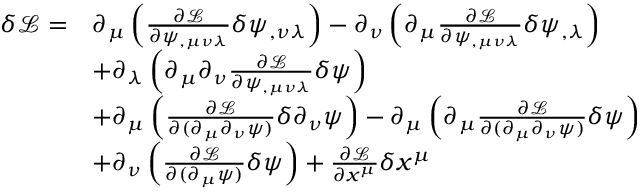
\begin{array} { r l } { \delta \mathcal L = } & { \partial _ { \mu } \left( \frac { \partial \mathcal L } { \partial \psi _ { , \mu \nu \lambda } } \delta \psi _ { , \nu \lambda } \right) - \partial _ { \nu } \left( \partial _ { \mu } \frac { \partial \mathcal L } { \partial \psi _ { , \mu \nu \lambda } } \delta \psi _ { , \lambda } \right) } \\ & { + \partial _ { \lambda } \left( \partial _ { \mu } \partial _ { \nu } \frac { \partial \mathcal L } { \partial \psi _ { , \mu \nu \lambda } } \delta \psi \right) } \\ & { + \partial _ { \mu } \left( \frac { \partial \mathcal L } { \partial ( \partial _ { \mu } \partial _ { \nu } \psi ) } \delta \partial _ { \nu } \psi \right) - \partial _ { \mu } \left( \partial _ { \mu } \frac { \partial \mathcal L } { \partial ( \partial _ { \mu } \partial _ { \nu } \psi ) } \delta \psi \right) } \\ & { + \partial _ { \nu } \left( \frac { \partial \mathcal { L } } { \partial ( \partial _ { \mu } \psi ) } \delta \psi \right) + \frac { \partial \mathcal L } { \partial x ^ { \mu } } \delta x ^ { \mu } } \end{array}